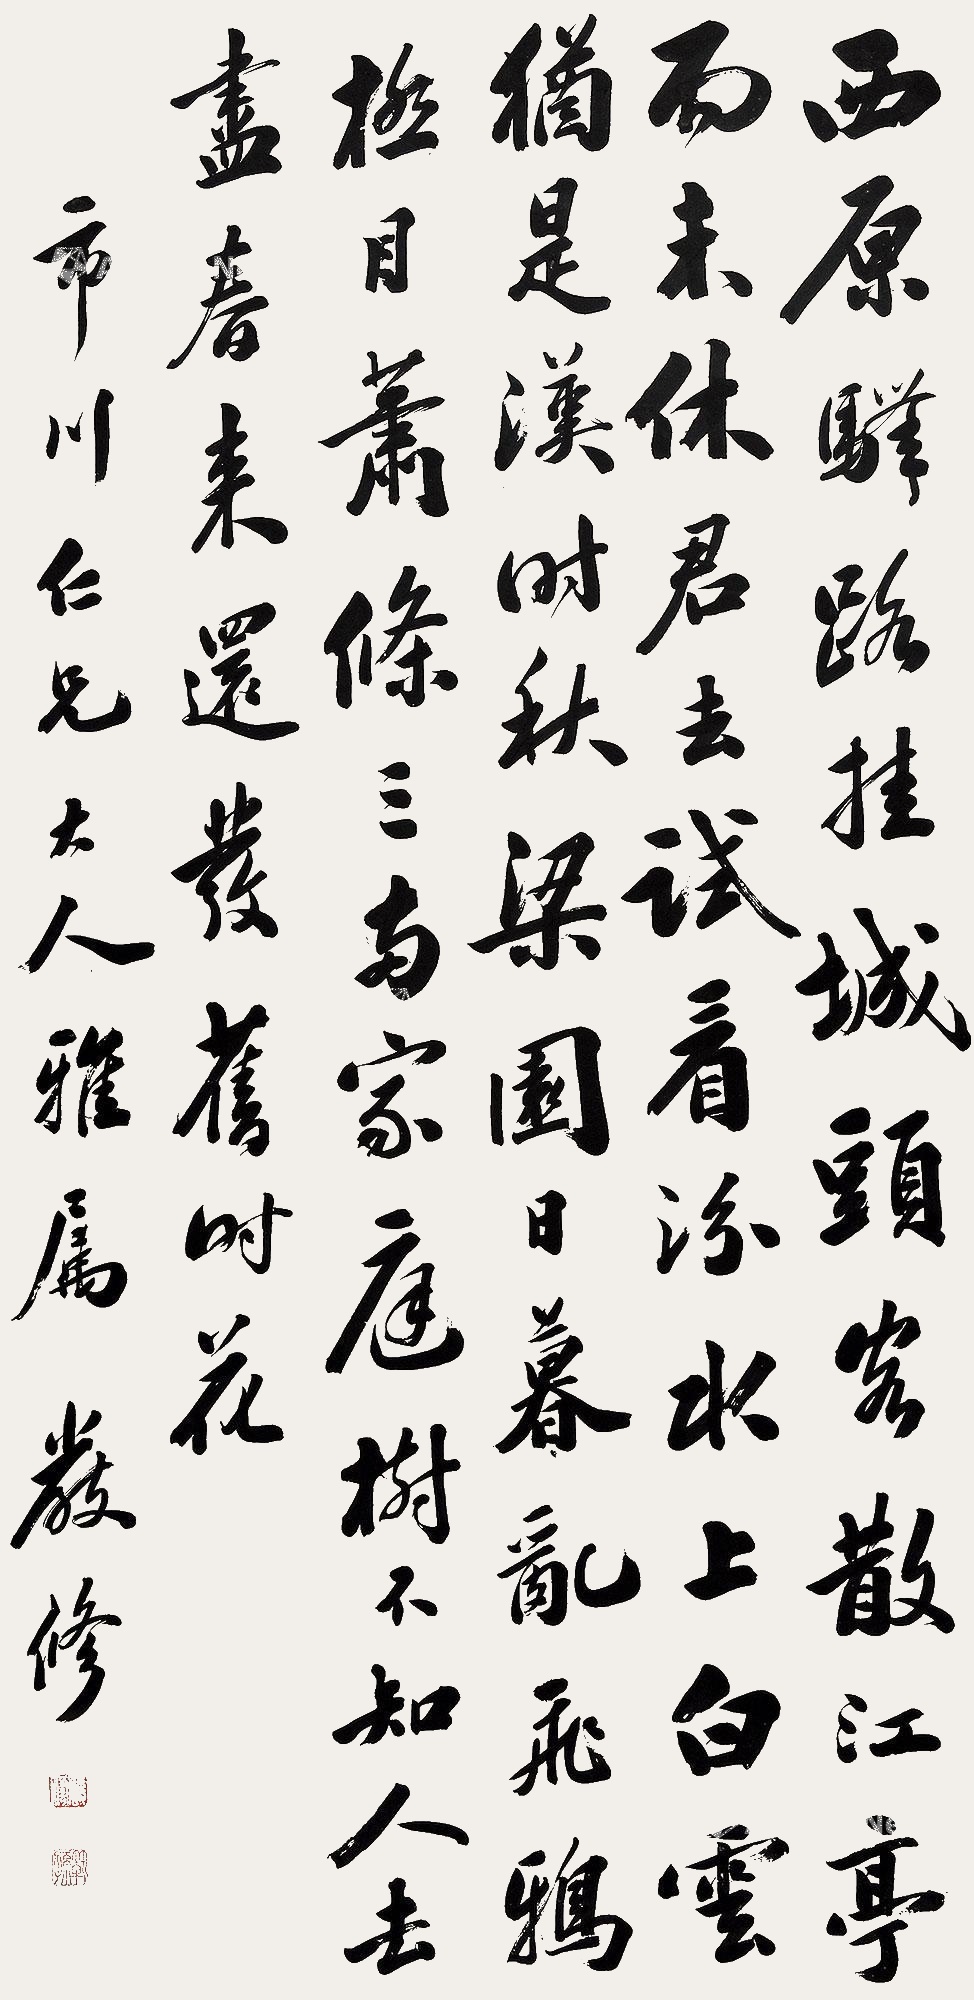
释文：西原驿路挂城头，客散江亭雨未休，君去试看汾水上，白云犹似汉时秋？梁园日暮乱飞鸦，极目萧条三两家。庭树不知人去尽，春来还发旧时花市川仁兄大人雅属严修